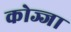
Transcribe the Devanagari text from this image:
कोज्जा